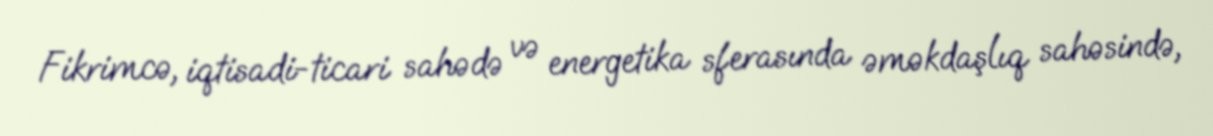
Fikrimcə, iqtisadi-ticari sahədə və energetika sferasında əməkdaşlıq sahəsində,